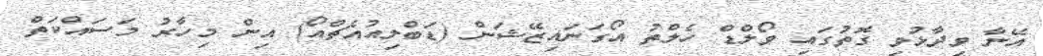
އޭނާ ވިދާޅުވި ގޮތުގައި ވޯލްޑް ހެލްތު އޯގަނައިޒޭޝަން (ޑަބްލިއުއެޗްއޯ) އިން މިހާރު މަސައްކަތް